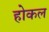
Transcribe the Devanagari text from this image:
होकल